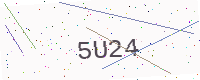
Text: 5U24